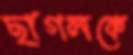
ছাগলকে